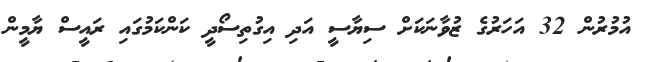
އުމުރުން 32 އަހަރުގެ ޒުވާނަކަށް ސިޔާސީ އަދި އިގުތިސޯދީ ކަންކަމުގައި ރައީސް ޔާމީން